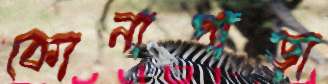
কোনাপাড়া